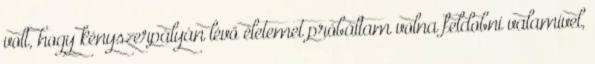
volt, hogy kényszerpályán lévő életemet próbáltam volna feldobni valamivel,